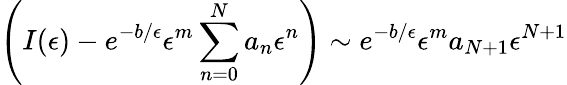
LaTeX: \left(I(\epsilon)-e^{-b/\epsilon}\epsilon^{m}\sum_{n=0}^{N}a_{n}\epsilon^{n}\right)\sim e^{-b/\epsilon}\epsilon^{m}a_{N+1}\epsilon^{N+1}